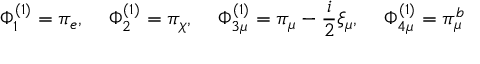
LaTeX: \Phi _ { 1 } ^ { ( 1 ) } = \pi _ { e } , \quad \, \Phi _ { 2 } ^ { ( 1 ) } = \pi _ { \chi } , \, \quad \Phi _ { 3 \mu } ^ { ( 1 ) } = \pi _ { \mu } - \frac { i } { 2 } \xi _ { \mu } , \quad \, \Phi _ { 4 \mu } ^ { ( 1 ) } = \pi _ { \mu } ^ { b }